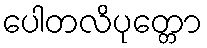
ပေါတလိပုတ္တော